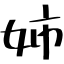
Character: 姉